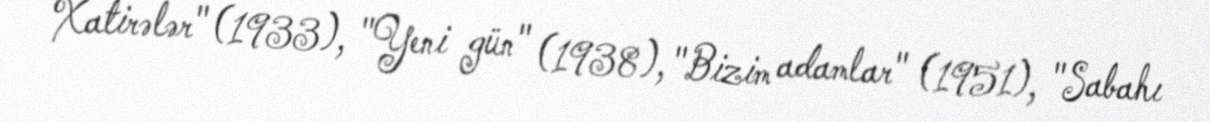
Xatirələr" (1933), "Yeni gün" (1938), "Bizim adamlar" (1951), "Sabahı